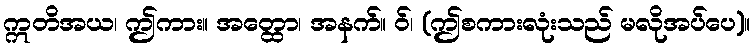
ဣတိအယ၊ ဤကား။ အတ္ထော၊ အနက်။ ဝ်၊ (ဤစကားလုံးသည် မလိုအပ်ပေ)။